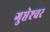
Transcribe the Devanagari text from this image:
गुप्तेश्‍वर